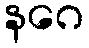
နဂေ